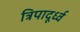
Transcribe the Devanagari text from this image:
त्रिपादूर्ध्व